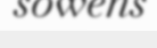
sowens